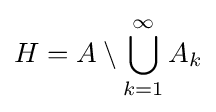
H=A\setminus \bigcup _{k=1}^{\infty }A_{k}